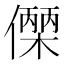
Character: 𬿼